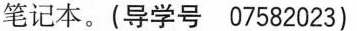
笔记本。(导学号07582023)